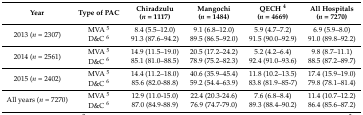
<table><thead><tr><td><b>Year</b></td><td><b>Type of PAC</b></td><td><b>Chiradzulu(<i>n</i> = 1117)</b></td><td><b>Mangochi(<i>n</i> = 1484)</b></td><td><b>QECH <sup>4</sup>(<i>n</i> = 4669)</b></td><td><b>All Hospitals(<i>n</i> = 7270)</b></td></tr></thead><tbody><tr><td rowspan="2">2013 (<i>n</i> = 2307)</td><td>MVA <sup>5</sup></td><td>8.4 (5.5–12.0)</td><td>9.1 (6.8–12.0)</td><td>5.9 (4.7–7.2)</td><td>6.9 (5.9–8.0)</td></tr><tr><td>D&amp;C <sup>6</sup></td><td>91.3 (87.6–94.2)</td><td>89.5 (86.5–92.0)</td><td>91.5 (90.0–92.9)</td><td>91.0 (89.8–92.2)</td></tr><tr><td rowspan="2">2014 (<i>n</i> = 2561)</td><td>MVA <sup>5</sup></td><td>14.9 (11.5–19.0)</td><td>20.5 (17.2–24.2)</td><td>5.2 (4.2–6.4)</td><td>9.8 (8.7–11.1)</td></tr><tr><td>D&amp;C <sup>6</sup></td><td>85.1 (81.0–88.5)</td><td>78.9 (75.2–82.3)</td><td>92.4 (91.0–93.6)</td><td>88.5 (87.2–89.7)</td></tr><tr><td rowspan="2">2015 (<i>n</i> = 2402)</td><td>MVA <sup>5</sup></td><td>14.4 (11.2–18.0)</td><td>40.6 (35.9–45.4)</td><td>11.8 (10.2–13.5)</td><td>17.4 (15.9–19.0)</td></tr><tr><td>D&amp;C <sup>6</sup></td><td>85.6 (82.0-88.8)</td><td>59.2 (54.4–63.9)</td><td>83.8 (81.9–85-7)</td><td>79.8 (78.1–81.4)</td></tr><tr><td rowspan="2">All years (<i>n</i> = 7270)</td><td>MVA <sup>5</sup></td><td>12.9 (11.0-15.0)</td><td>22.4 (20.3-24.6)</td><td>7.6 (6.8–8.4)</td><td>11.4 (10.7–12.2)</td></tr><tr><td>D&amp;C <sup>6</sup></td><td>87.0 (84.9-88.9)</td><td>76.9 (74.7-79.0)</td><td>89.3 (88.4–90.2)</td><td>86.4 (85.6–87.2)</td></tr></tbody></table>